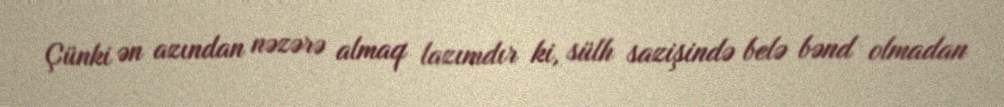
Çünki ən azından nəzərə almaq lazımdır ki, sülh sazişində belə bənd olmadan